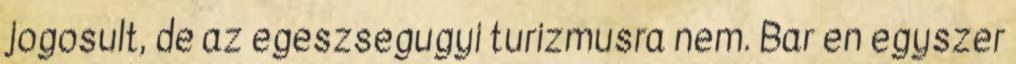
jogosult, de az egeszsegugyi turizmusra nem. Bar en egyszer